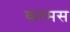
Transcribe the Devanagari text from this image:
करमस